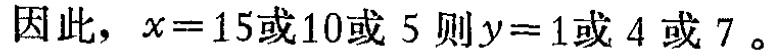
因此，$x = 15或10或5$ 则 $y = 1或4或7$。